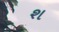
શ